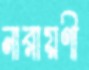
নারায়ণী